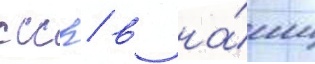
ссср / в на́ши